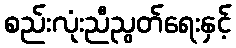
စည်းလုံးညီညွတ်ရေးနှင့်